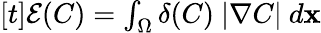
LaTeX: \begin{array}{r}{[t]\mathcal{E}(C)=\int_{\Omega}\delta(C)\ |\nabla C|\ d\mathbf{x}}\end{array}